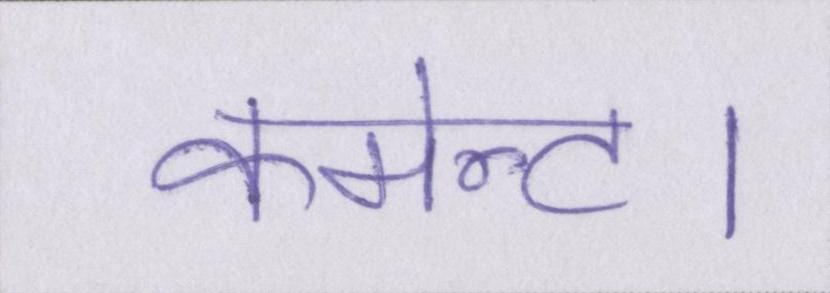
कमेन्ट।